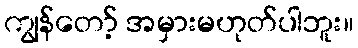
ကျွန်တော့် အမှားမဟုတ်ပါဘူး။